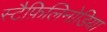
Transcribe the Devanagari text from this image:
स्टैफ़िलिनोडिया